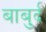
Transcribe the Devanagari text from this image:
बाबुर्द